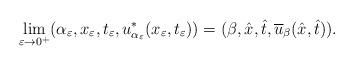
LaTeX: \begin{align*}\lim_{\varepsilon\to0^+}(\alpha_\varepsilon,x_\varepsilon,t_\varepsilon,u_{\alpha_\varepsilon}^*(x_\varepsilon,t_\varepsilon))=(\beta,\hat{x},\hat{t},\overline{u}_\beta(\hat{x},\hat{t})).\end{align*}